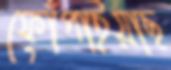
ফোঁপাইয়াছ